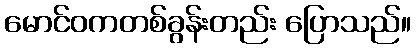
မောင်ဝကတစ်ခွန်းတည်း ပြောသည်။